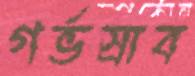
গর্ভস্রাব